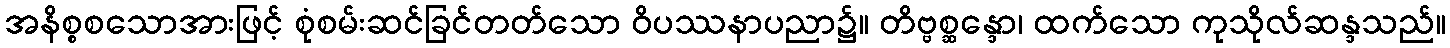
အနိစ္စစသောအားဖြင့် စုံစမ်းဆင်ခြင်တတ်သော ဝိပဿနာပညာ၌။ တိဗ္ဗစ္ဆန္ဒော၊ ထက်သော ကုသိုလ်ဆန္ဒသည်။